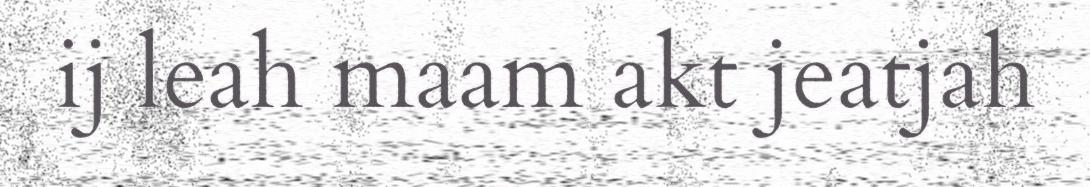
ij leah maam akt jeatjah